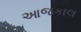
આજકાલ